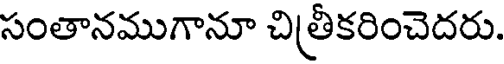
సంతానముగానూ చిత్రీకరించెదరు.